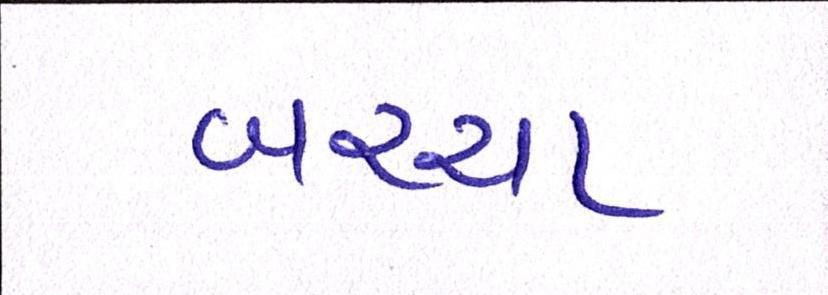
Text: બચ્ચા